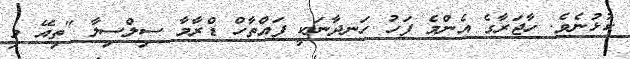
ކުޅުނެވެ. ހާޖަރާގެ އެންމެ ފަހު ހަނދާނަކީ ފައްތާހް ޑްރާމާ ސިލްސިލާ "ތިއޭ މި